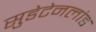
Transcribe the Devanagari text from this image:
सुडेटेनलांड